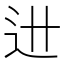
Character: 𰺯